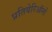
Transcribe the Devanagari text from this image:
प्रतिबेरिऑनों